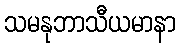
သမနုဘာသီယမာနာ